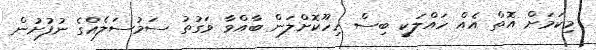
މިކަމަށް އޮތް އެއް ހައްލަކީ ބިސް ހިހޫކޮށްލަން ބާއްވާ ވަގުތު ސަމުސަލެއްގެ ނުފުށުން